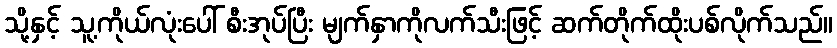
သို့နှင့် သူ့ကိုယ်လုံးပေါ် စီးအုပ်ပြီး မျက်နှာကိုလက်သီးဖြင့် ဆက်တိုက်ထိုးပစ်လိုက်သည်။